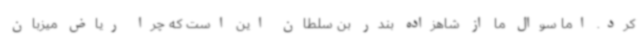
کرد. اما سوال ما از شاهزاده بندر بن سلطان این است که چرا ریاض میزبان